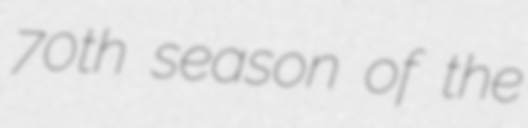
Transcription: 70th season of the